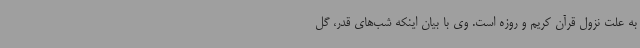
به علت نزول قرآن کریم و روزه است. وی با بیان اینکه شب‌های قدر، گل